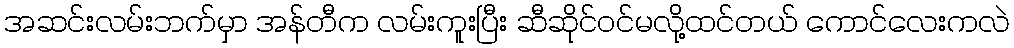
အဆင်းလမ်းဘက်မှာ အန်တီက လမ်းကူးပြီး ဆီဆိုင်ဝင်မလို့ထင်တယ် ကောင်လေးကလဲ